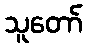
သူတော်